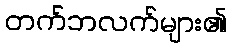
တက်ဘလက်များ၏